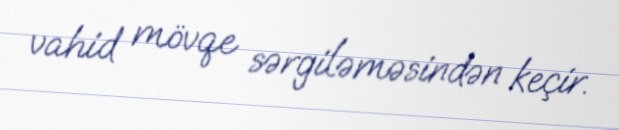
vahid mövqe sərgiləməsindən keçir.